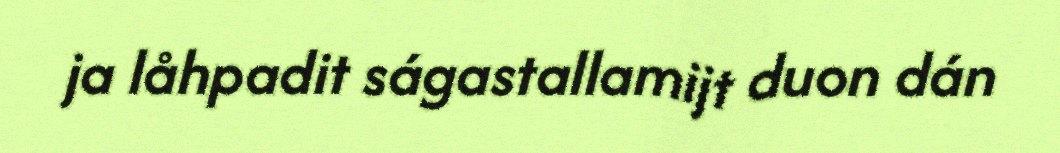
ja låhpadit ságastallamijt duon dán